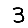
Digit: 3